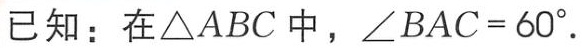
已知：在\(\triangle ABC\)中，\(\angle BAC = 60^{\circ}\).